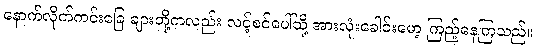
နောက်လိုက်ကင်းခြေ ချားတို့ကလည်း လင့်စင်ပေါ်သို့ အားလုံးခေါင်းမော့ ကြည့်နေကြသည်။